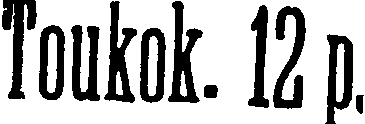
Toukok. 12 p.